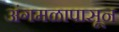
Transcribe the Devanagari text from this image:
अंगमळापासून